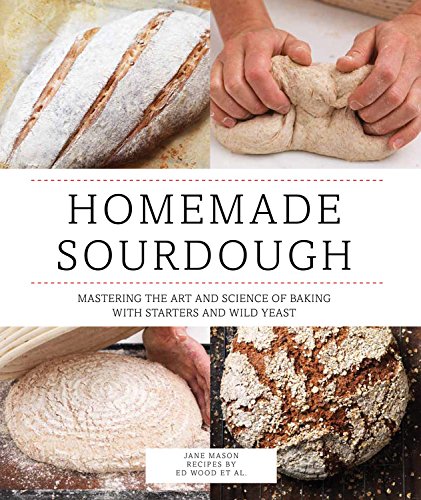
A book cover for Homemade Sourdough: Mastering the Art and Science of Baking with Starters and Wild Yeast; Jane Mason; Cookbooks, Food & Wine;